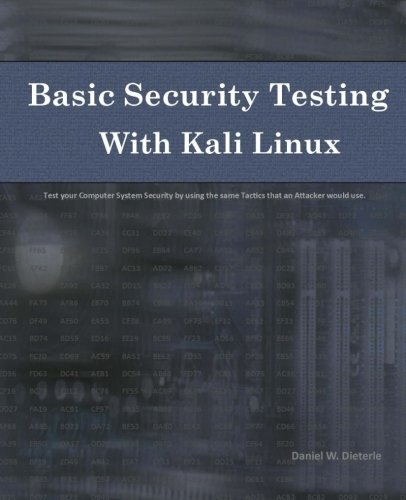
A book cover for Basic Security Testing with Kali Linux; Daniel W. Dieterle; Computers & Technology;